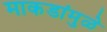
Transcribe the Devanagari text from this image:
माकडांमुळे